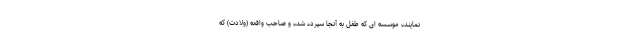
نماینده موسسه ای که طفل به آنجا سپرده شده و صاحب واقعه (ولادت) که